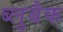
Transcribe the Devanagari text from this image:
ब्लुबैक